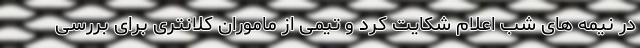
در نیمه های شب اعلام شکایت کرد و تیمی از ماموران کلانتری برای بررسی